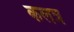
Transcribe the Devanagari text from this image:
कलत्र